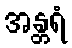
အန္တရံ